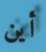
أين